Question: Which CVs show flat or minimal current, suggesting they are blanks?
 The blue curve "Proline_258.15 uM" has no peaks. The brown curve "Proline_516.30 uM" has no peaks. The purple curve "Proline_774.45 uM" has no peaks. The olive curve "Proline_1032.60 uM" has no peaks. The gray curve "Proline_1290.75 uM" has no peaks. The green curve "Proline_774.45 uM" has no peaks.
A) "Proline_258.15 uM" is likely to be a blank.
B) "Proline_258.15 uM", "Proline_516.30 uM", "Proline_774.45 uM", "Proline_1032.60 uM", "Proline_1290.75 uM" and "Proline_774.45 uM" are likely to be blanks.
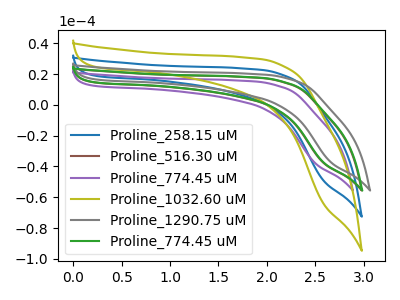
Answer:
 <answer>B) "Proline_258.15 uM", "Proline_516.30 uM", "Proline_774.45 uM", "Proline_1032.60 uM", "Proline_1290.75 uM" and "Proline_774.45 uM" are likely to be blanks.</answer>
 <eval>B</eval>